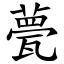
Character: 甍